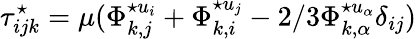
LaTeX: \tau_{ijk}^{\star}=\mu(\Phi_{k,j}^{\star u_{i}}+\Phi_{k,i}^{\star u_{j}}-2/3\Phi_{k,\alpha}^{\star u_{\alpha}}\delta_{ij})